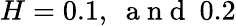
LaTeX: H=0.1,~\mathrm{~a~n~d~}~0.2